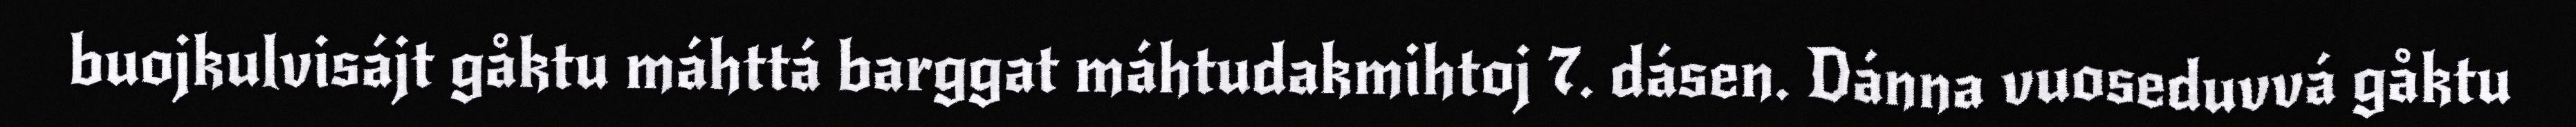
buojkulvisájt gåktu máhttá barggat máhtudakmihtoj 7. dásen. Dánna vuoseduvvá gåktu